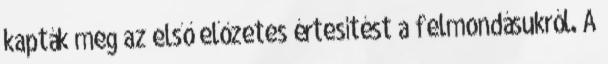
kapták meg az első előzetes értesítést a felmondásukról. A